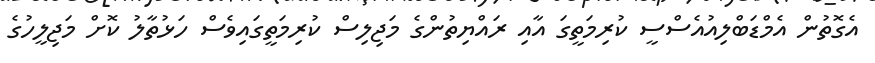
އެގޮތުން އެމްޑަބްލިއުއެސްސީ ކުރިމަތީގަ އާއި ރައްޔިތުންގެ މަޖިލިސް ކުރިމަތީގައިވެސް ހަޅުތާލު ކޮށް މަޖިލީހުގެ